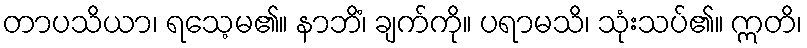
တာပသိယာ၊ ရသေ့မ၏။ နာဘိံ၊ ချက်ကို။ ပရာမသိ၊ သုံးသပ်၏။ ဣတိ၊